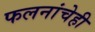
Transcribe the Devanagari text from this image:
फलनांचेही